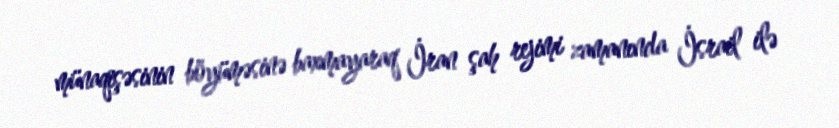
münaqişəsinin böyüməsinə baxmayaraq İran şah rejimi zamanında İsrail ilə